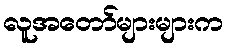
လူအတော်များများက